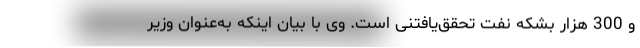
و 300 هزار بشکه نفت تحقق‌یافتنی است. وی با بیان اینکه به‌عنوان وزیر